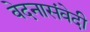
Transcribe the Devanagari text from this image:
वेदनासंवेदी